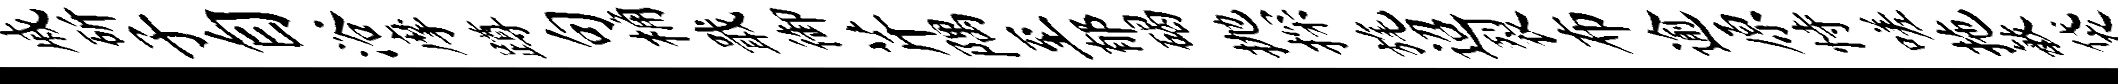
戚斫子自浴摩蹲句桷戢御芹隅至郁碣抛探旄迢裂布逾原恃嗟拖敏袋遍